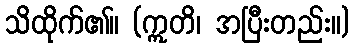
သိထိုက်၏။ (ဣတိ၊ အပြီးတည်း။)